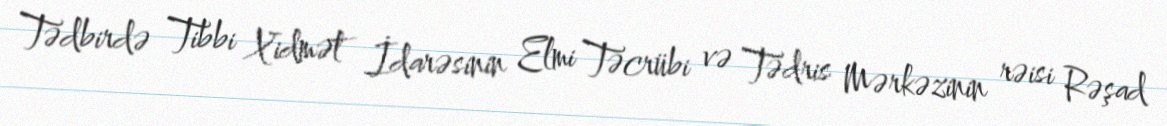
Tədbirdə Tibbi Xidmət İdarəsinin Elmi Təcrübi və Tədris Mərkəzinin rəisi Rəşad